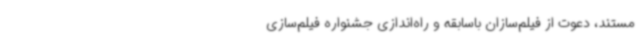
مستند، دعوت از فیلم‌سازان باسابقه و راه‌اندازی جشنواره‌ فیلم‌سازی